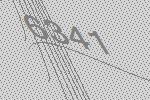
6341